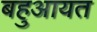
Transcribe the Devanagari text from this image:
बहुआयत